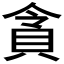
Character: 𮙿